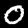
Label: 0